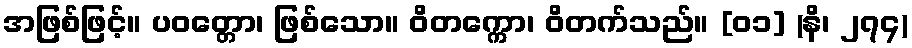
အဖြစ်ဖြင့်။ ပဝတ္တော၊ ဖြစ်သော။ ဝိတက္ကော၊ ဝိတက်သည်။ [၀၁] (နိ၊ ၂၇၄)